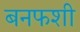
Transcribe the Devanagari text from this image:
बनफशी